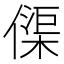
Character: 𠍲